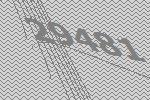
29481